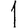
Digit: 1